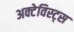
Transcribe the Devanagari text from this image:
अक्टेविस्ट्स